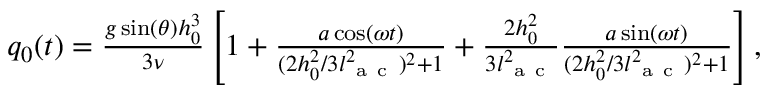
\begin{array} { r } { q _ { 0 } ( t ) = \frac { g \sin ( \theta ) h _ { 0 } ^ { 3 } } { 3 \nu } \left[ 1 + \frac { a \cos ( \omega t ) } { ( 2 h _ { 0 } ^ { 2 } / 3 l _ { \mathrm { ~ a ~ c ~ } } ^ { 2 } ) ^ { 2 } + 1 } + \frac { 2 h _ { 0 } ^ { 2 } } { 3 l _ { \mathrm { ~ a ~ c ~ } } ^ { 2 } } \frac { a \sin ( \omega t ) } { ( 2 h _ { 0 } ^ { 2 } / 3 l _ { \mathrm { ~ a ~ c ~ } } ^ { 2 } ) ^ { 2 } + 1 } \right] , } \end{array}